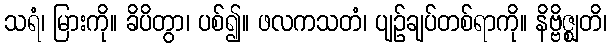
သရံ၊ မြားကို။ ခိပိတွာ၊ ပစ်၍။ ဖလကသတံ၊ ပျဉ်ချပ်တစ်ရာကို။ နိဗ္ဗိဇ္ဈတိ၊